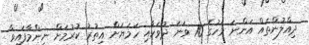
ދިއްލުންތައް އަންނަ މަހުގެ 10 ވަނަ ދުވަހާއި ހަމަޔަށް އިތުރު ކުރުމަށް ނިންމާފައިވާ